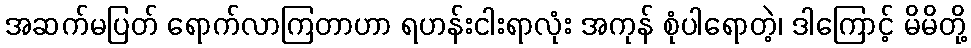
အဆက်မပြတ် ရောက်လာကြတာဟာ ရဟန်းငါးရာလုံး အကုန် စုံပါရောတဲ့၊ ဒါကြောင့် မိမိတို့